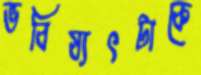
ভবিষ্যৎটাকে